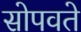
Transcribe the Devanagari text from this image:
सोपवते